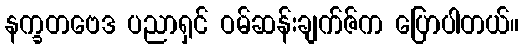
နက္ခတဗေဒ ပညာရှင် ဝမ်ဆန်းချက်ဇ်က ပြောပါတယ်။